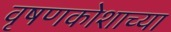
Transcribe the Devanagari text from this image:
वृषणकोशाच्या